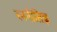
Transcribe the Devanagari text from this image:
रननीतिज्ञ